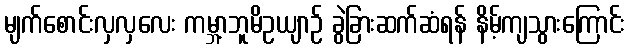
မျက်စောင်းလှလှလေး ကမ္ဘာ့ဘူမိဥယျာဉ် ခွဲခြားဆက်ဆံရန် နိမ့်ကျသွားကြောင်း